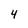
Character: 4